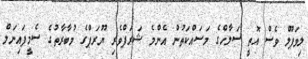
ލިވަޕޫލް ވެސް އޮތީ ސަލާހްގެ މަސައްކަތުން އެންމެ ޝަރަފްވެރި ޔޫރަޕްގެ މުބާރާތުގެ ސެމީފައިނަލް